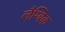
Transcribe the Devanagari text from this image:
लैम्बिक